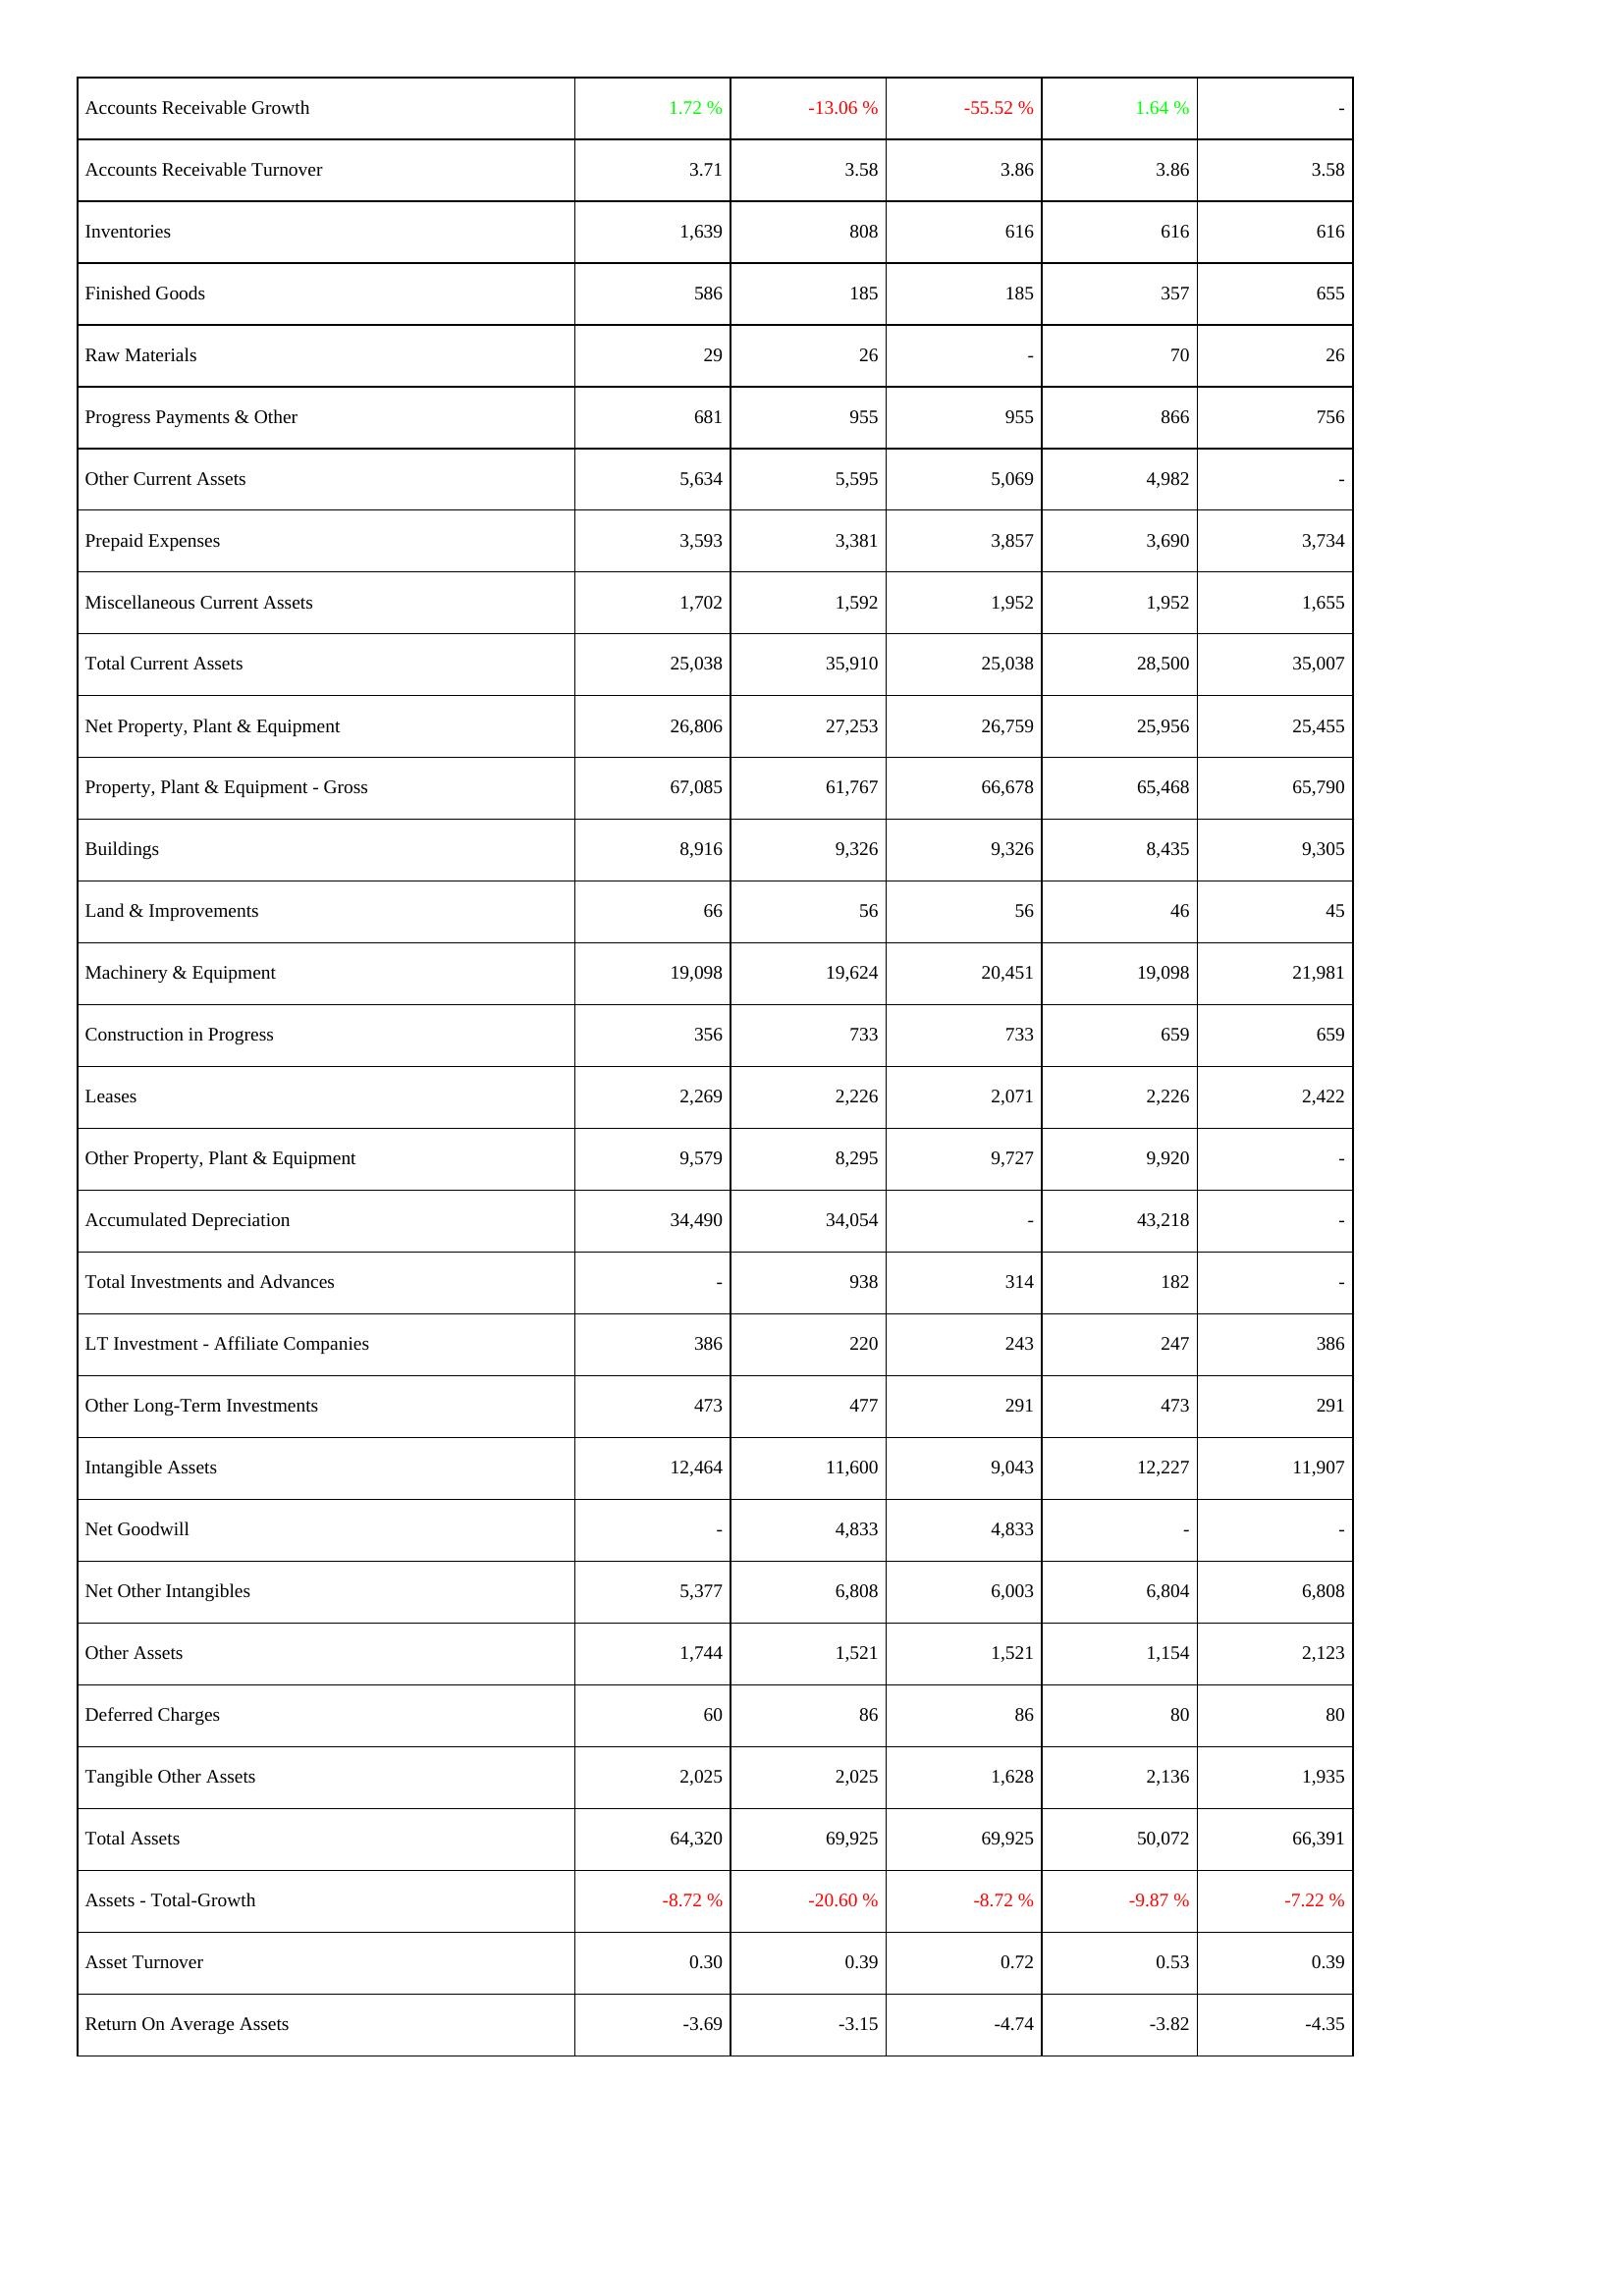
2005: Assets: Accounts Receivable Growth: 1.72 %
Accounts Receivable Turnover: 3.71
Inventories: 1,639
Finished Goods: 586
Raw Materials: 29
Progress Payments & Other: 681
Other Current Assets: 5,634
Prepaid Expenses: 3,593
Miscellaneous Current Assets: 1,702
Total Current Assets: 25,038
Net Property, Plant & Equipment: 26,806
Property, Plant & Equipment - Gross: 67,085
Buildings: 8,916
Land & Improvements: 66
Machinery & Equipment: 19,098
Construction in Progress: 356
Leases: 2,269
Other Property, Plant & Equipment: 9,579
Accumulated Depreciation: 34,490
Total Investments and Advances: -
LT Investment - Affiliate Companies: 386
Other Long-Term Investments: 473
Intangible Assets: 12,464
Net Goodwill: -
Net Other Intangibles: 5,377
Other Assets: 1,744
Deferred Charges: 60
Tangible Other Assets: 2,025
Total Assets: 64,320
Assets - Total-Growth: -8.72 %
Asset Turnover: 0.30
Return On Average Assets: -3.69
2006: Assets: Accounts Receivable Growth: -13.06 %
Accounts Receivable Turnover: 3.58
Inventories: 808
Finished Goods: 185
Raw Materials: 26
Progress Payments & Other: 955
Other Current Assets: 5,595
Prepaid Expenses: 3,381
Miscellaneous Current Assets: 1,592
Total Current Assets: 35,910
Net Property, Plant & Equipment: 27,253
Property, Plant & Equipment - Gross: 61,767
Buildings: 9,326
Land & Improvements: 56
Machinery & Equipment: 19,624
Construction in Progress: 733
Leases: 2,226
Other Property, Plant & Equipment: 8,295
Accumulated Depreciation: 34,054
Total Investments and Advances: 938
LT Investment - Affiliate Companies: 220
Other Long-Term Investments: 477
Intangible Assets: 11,600
Net Goodwill: 4,833
Net Other Intangibles: 6,808
Other Assets: 1,521
Deferred Charges: 86
Tangible Other Assets: 2,025
Total Assets: 69,925
Assets - Total-Growth: -20.60 %
Asset Turnover: 0.39
Return On Average Assets: -3.15
2007: Assets: Accounts Receivable Growth: -55.52 %
Accounts Receivable Turnover: 3.86
Inventories: 616
Finished Goods: 185
Raw Materials: -
Progress Payments & Other: 955
Other Current Assets: 5,069
Prepaid Expenses: 3,857
Miscellaneous Current Assets: 1,952
Total Current Assets: 25,038
Net Property, Plant & Equipment: 26,759
Property, Plant & Equipment - Gross: 66,678
Buildings: 9,326
Land & Improvements: 56
Machinery & Equipment: 20,451
Construction in Progress: 733
Leases: 2,071
Other Property, Plant & Equipment: 9,727
Accumulated Depreciation: -
Total Investments and Advances: 314
LT Investment - Affiliate Companies: 243
Other Long-Term Investments: 291
Intangible Assets: 9,043
Net Goodwill: 4,833
Net Other Intangibles: 6,003
Other Assets: 1,521
Deferred Charges: 86
Tangible Other Assets: 1,628
Total Assets: 69,925
Assets - Total-Growth: -8.72 %
Asset Turnover: 0.72
Return On Average Assets: -4.74
2008: Assets: Accounts Receivable Growth: 1.64 %
Accounts Receivable Turnover: 3.86
Inventories: 616
Finished Goods: 357
Raw Materials: 70
Progress Payments & Other: 866
Other Current Assets: 4,982
Prepaid Expenses: 3,690
Miscellaneous Current Assets: 1,952
Total Current Assets: 28,500
Net Property, Plant & Equipment: 25,956
Property, Plant & Equipment - Gross: 65,468
Buildings: 8,435
Land & Improvements: 46
Machinery & Equipment: 19,098
Construction in Progress: 659
Leases: 2,226
Other Property, Plant & Equipment: 9,920
Accumulated Depreciation: 43,218
Total Investments and Advances: 182
LT Investment - Affiliate Companies: 247
Other Long-Term Investments: 473
Intangible Assets: 12,227
Net Goodwill: -
Net Other Intangibles: 6,804
Other Assets: 1,154
Deferred Charges: 80
Tangible Other Assets: 2,136
Total Assets: 50,072
Assets - Total-Growth: -9.87 %
Asset Turnover: 0.53
Return On Average Assets: -3.82
2009: Assets: Accounts Receivable Growth: -
Accounts Receivable Turnover: 3.58
Inventories: 616
Finished Goods: 655
Raw Materials: 26
Progress Payments & Other: 756
Other Current Assets: -
Prepaid Expenses: 3,734
Miscellaneous Current Assets: 1,655
Total Current Assets: 35,007
Net Property, Plant & Equipment: 25,455
Property, Plant & Equipment - Gross: 65,790
Buildings: 9,305
Land & Improvements: 45
Machinery & Equipment: 21,981
Construction in Progress: 659
Leases: 2,422
Other Property, Plant & Equipment: -
Accumulated Depreciation: -
Total Investments and Advances: -
LT Investment - Affiliate Companies: 386
Other Long-Term Investments: 291
Intangible Assets: 11,907
Net Goodwill: -
Net Other Intangibles: 6,808
Other Assets: 2,123
Deferred Charges: 80
Tangible Other Assets: 1,935
Total Assets: 66,391
Assets - Total-Growth: -7.22 %
Asset Turnover: 0.39
Return On Average Assets: -4.35